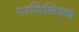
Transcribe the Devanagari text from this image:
पाणिनिश्च